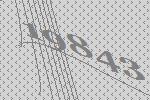
19843